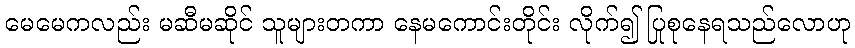
မေမေကလည်း မဆီမဆိုင် သူများတကာ နေမကောင်းတိုင်း လိုက်၍ ပြုစုနေရသည်လောဟု